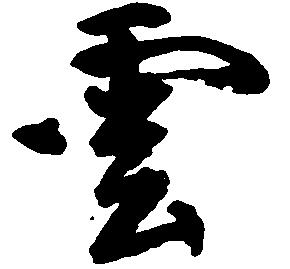
雲